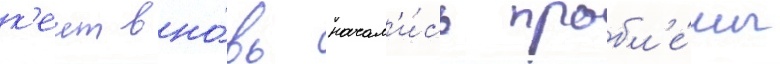
к'еит вно́вь начал'и́сь пробл'е́мы